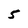
Character: 5